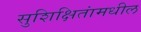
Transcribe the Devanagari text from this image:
सुशिक्षितांमधील